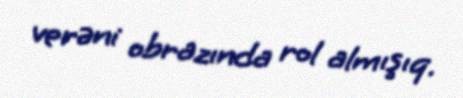
verəni obrazında rol almışıq.